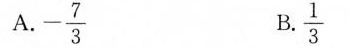
A.-\frac{7}{3} B.\frac{1}{3}